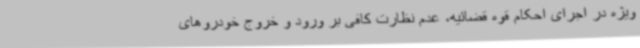
ویژه در اجرای احکام قوه قضائیه، عدم نظارت کافی بر ورود و خروج خودروهای